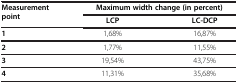
| <ROWSPAN=2> Measurement point | <COLSPAN=2> Maximum width change (in percent) |
 | LCP | LC-DCP |
 | --- | --- | --- |
 | 1 | 1,68% | 16,87% |
 | 2 | 1,77% | 11,55% |
 | 3 | 19,54% | 43,75% |
 | 4 | 11,31% | 35,68% |